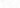
Ⅱ.读后续写 阅阋读下面材料,根据其内容和所给段落开头语续写两 段,使之构成一个完整的短文.续写的词数应为 110 左右. For many years, I had a recurring(重复出现的) dream.I was a little girl again,rushing about,trying to get ready for school. "Hurry,you'll be late for school,"my mother called to me. "I am hurrying, Mom!What did I do with my books?" Deep insia e!knew where the dream came irom. It was about some unfinished business in my life. As a kid, I loved everything about school.I loved books,teachers, tests and homework. Most of all I longed to someday march down the aisle(通道)to receive my diploma. Thai seemed more appealing even than getting married. But at 15, I had to drop out because my parents couldn't afford tuition. My hope of getting a diploma(毕业 证书)was dead,or so Ithought. Pretty soon,I married and had three children,and I thought:"There goes my diploma." Even so, I wanted my children to be educated. But Linda, our youngest child,had juvenile arthritis(幼年型 关节炎)in her hands and knees,which made it impossible for her to function in a normal classroom.I felt really sorry for her and Ididn't want her to live her life with regret.I didn't give up hope of her being back to school in some way. the newspaper for evening One day, I saw an ad in courses."That's the answer,"I said to myself. Linda always feels better in the evening,so I'll just sign her up for night school. Linda was busy filling out enrollment(入学)forms when the secretary said:"Mrs. Schantz,why don't you come back to school?" Ⅰlāughed:"There's no way! I'm 15!" But he persisted,and before I knew what I had done,I was s in English and crafts."This is only an enrolled lor ciasse "him, but he just smiled. So, I told experiment,"I warned him,but he just smiled. So, I told myself to try for just a semester and to see if it would work. Anyway, my dream was still there in my heart. Paragraph l: It was exciting to go to school again but it was no game. _____ _Paragraph 2: _Linda and I helped each other through the time. _._